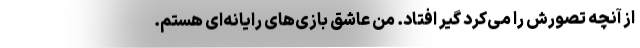
از آنچه تصورش را می‌کرد گیر افتاد. من عاشق بازی‌های رایانه‌ای هستم.